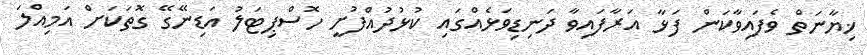
ޚިޔާނަތް ވެފައިވާކަން ފަޅާ އަރާފައިވާ ދަނިޑިވަޅެއްގައި ކުޅުދުއްފުށީ ހޮސްޕިޓަލު އަޑިނޭގޭ ގޮތަކަށް އަމިއްލަ